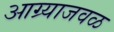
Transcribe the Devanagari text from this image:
आग्र्याजवळ